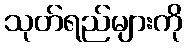
သုတ်ရည်များကို